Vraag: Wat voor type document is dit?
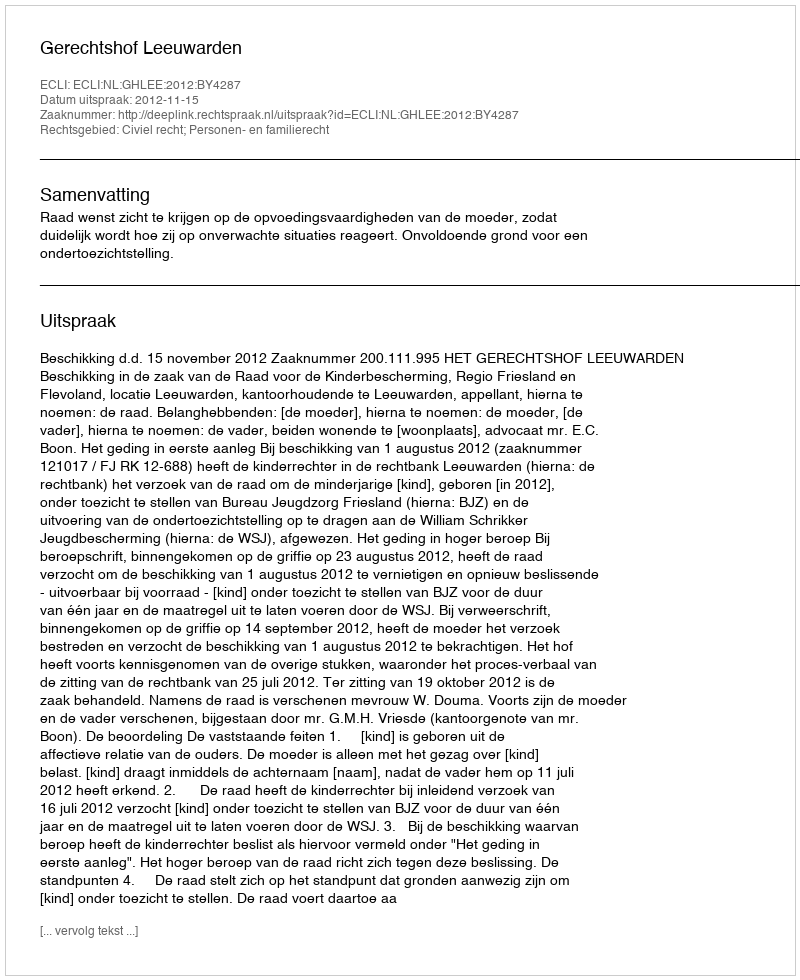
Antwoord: Uitspraak